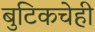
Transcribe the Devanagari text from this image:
बुटिकचेही